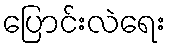
ပြောင်းလဲရေး